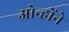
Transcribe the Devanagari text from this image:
ओन्होंने